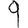
Digit: 9